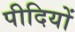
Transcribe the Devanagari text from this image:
पीदियों